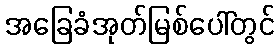
အခြေခံအုတ်မြစ်ပေါ်တွင်